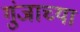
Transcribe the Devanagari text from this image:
गुंजाच्या